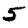
Digit: 5